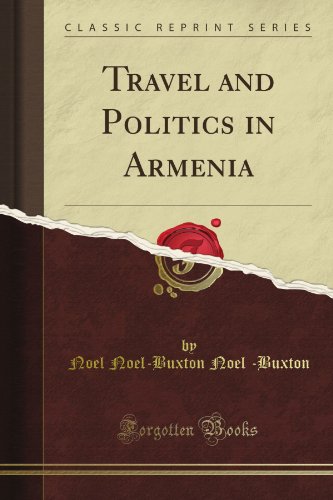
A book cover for Travel and Politics in Armenia (Classic Reprint); Noel Noel-Buxton Noel -Buxton; Travel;